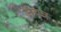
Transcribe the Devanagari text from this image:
जयत्र